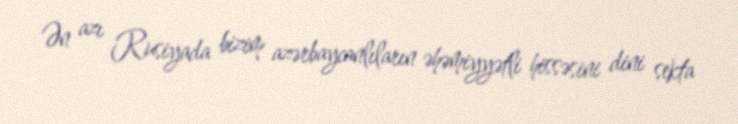
Ən azı Rusiyada bizim azərbaycanlıların əhəmiyyətli hissəsini dini sekta